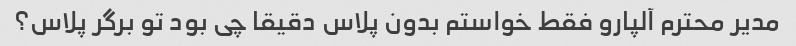
مدیر محترم آلپارو فقط خواستم بدون پلاس دقیقا چی بود تو برگر پلاس؟